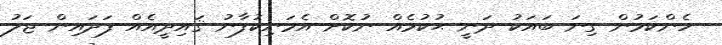
ހެންކަމުން ގިނަ ބައަކު ދަނީ ޙުކުމެއް ނުކޮށް އެމަނިކުފާނު ޤައިދީއެއް ފަދައިން ޖަލު